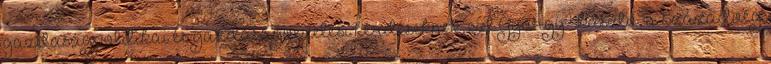
gazdaságpolitikai és gazdaságvezetési kérdéseknek, ezt György László, a Századvég